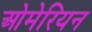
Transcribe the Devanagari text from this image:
ओमेरियन